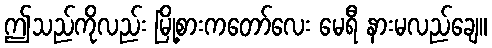
ဤသည်ကိုလည်း မြို့စားကတော်လေး မေရီ နားမလည်ချေ။